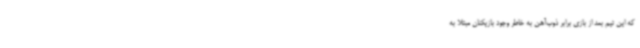
که این تیم بعد از بازی برابر ذوب‌آهن به خاطر وجود بازیکنان مبتلا به